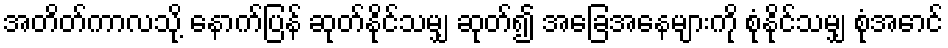
အတိတ်ကာလသို့ နောက်ပြန် ဆုတ်နိုင်သမျှ ဆုတ်၍ အခြေအနေများကို စုံနိုင်သမျှ စုံအောင်